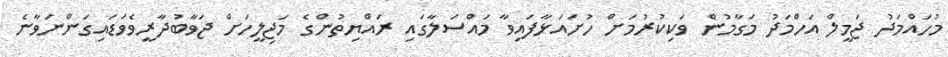
މުހައްމަދު ޖަމީލް އަހްމަދު މަގާމުން ވަކިކުރުމަށް ހުށައަޅާފައިވާ މައްސަލާގައި ރައްޔިތުންގެ މަޖިލީހަށް ޖަވާބުދާރީވެވަޑައިގަންނަވާނެ